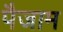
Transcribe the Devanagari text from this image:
पैजाम